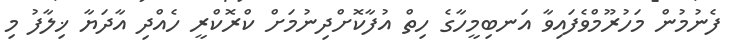
ފެނުމުން މަހުރޫމްވެފައިވާ އަނބިމީހާގެ ހިތް އުފާކޮށްދިނުމަށް ކްރޮކްރީ ހެއްދި އާދަޔާ ޚިލާފު މި